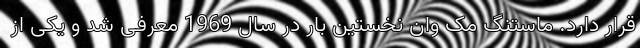
قرار دارد. ماستنگ مک وان نخستین بار در سال 1969 معرفی شد و یکی از